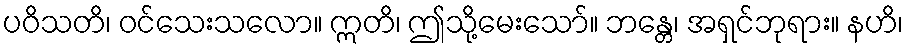
ပဝိသတိ၊ ဝင်သေးသလော။ ဣတိ၊ ဤသို့မေးသော်။ ဘန္တေ၊ အရှင်ဘုရား။ နဟိ၊